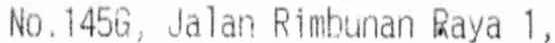
NO.145G, JALAN RIMBUNAN RAYA 1,